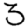
Digit: 3